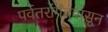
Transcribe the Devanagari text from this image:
पर्वतरांगेतपासून